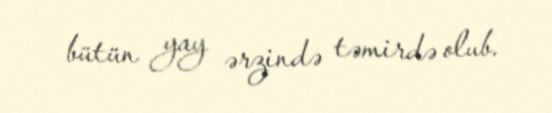
bütün yay ərzində təmirdə olub.